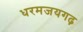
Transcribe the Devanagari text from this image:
धरमजयगढ़